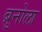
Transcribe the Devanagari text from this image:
ब्रुनोला